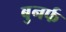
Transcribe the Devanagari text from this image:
बुनर्फ